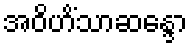
အဝိဟိံသာဆန္ဒော